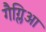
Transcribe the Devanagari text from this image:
गैग्लिआ